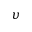
\upsilon